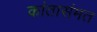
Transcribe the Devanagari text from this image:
कांतासंमत